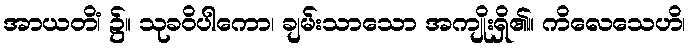
အာယတိံ၊ ၌။ သုခဝိပါကော၊ ချမ်းသာသော အကျိုးရှိ၏။ ကိလေသေဟိ၊